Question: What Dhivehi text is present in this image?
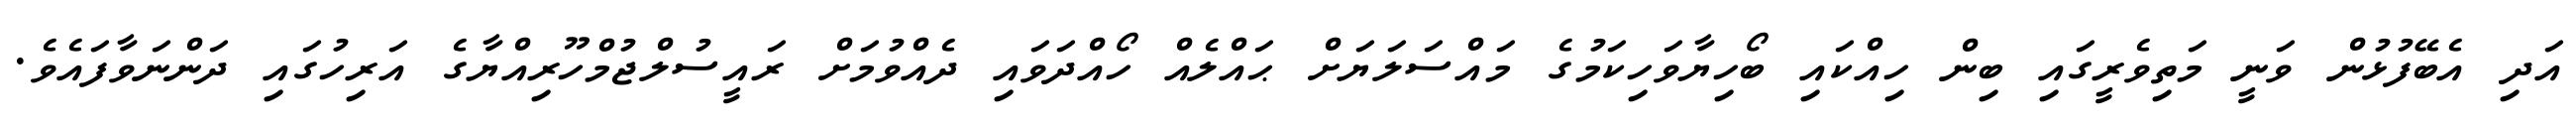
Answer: އަދި އެބޭފުޅުން ވަނީ މަތިވެރީގައި ބިން ހިއްކައި ބޯހިޔާވަހިކަމުގެ މައްސަލަޔަށް ޙައްލެއް ހޯއްދަވައި ދެއްވުމަށް ރައީސުލްޖުމްހޫރިއްޔާގެ އަރިހުގައި ދަންނަވާފައެވެ.